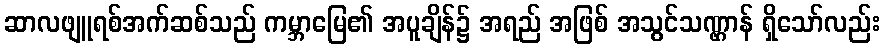
ဆာလဖျူရစ်အက်ဆစ်သည် ကမ္ဘာမြေ၏ အပူချိန်၌ အရည် အဖြစ် အသွင်သဏ္ဌာန် ရှိသော်လည်း